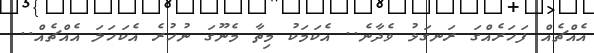
އެއްޗެއް ފަހަރެއްގަ ރަނގަޅު ވެދާނެ.. އެކަމަކު މިތާ މެނޫގަ ނުހުރެ އެކަހަލަ އެއްޗެއް..